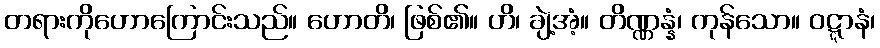
တရားကိုဟောကြောင်းသည်။ ဟောတိ၊ ဖြစ်၏။ ဟိ၊ ချဲ့အံ့။ တိဏ္ဏန္နံ၊ ကုန်သော။ ဝဋ္ဋာနံ၊